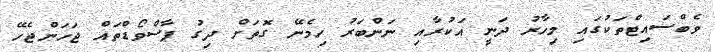
ވެބްސައިޓްތަކުގައި މިހާރު ދަނީ އަކުރާއި ނަންބަރު ހިމެނޭ ގޮތަށް ދިގު ޕާސްވޯޑްތައް ޖަހަންޖެހޭ